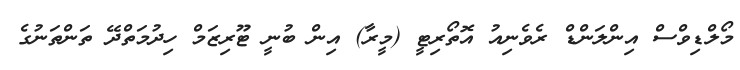
މޯލްޑިވްސް އިންލަންޑް ރެވެނިއު އޮތޯރިޓީ (މީރާ) އިން ބުނީ ޓޫރިޒަމް ހިދުމަތްދޭ ތަންތަނުގެ